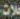
حلات